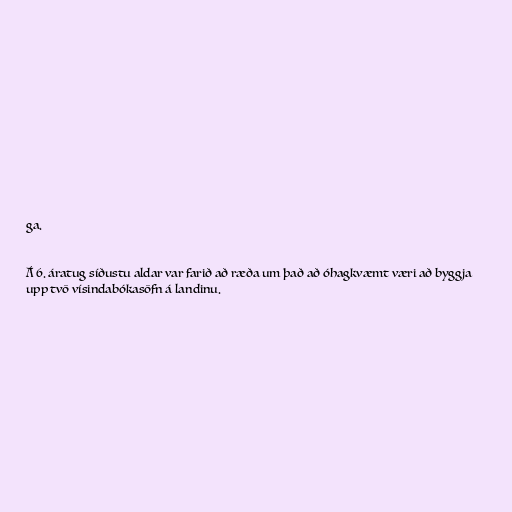
ga.

Á 6. áratug síðustu aldar var farið að ræða um það að óhagkvæmt væri að byggja
upp tvö vísindabókasöfn á landinu.